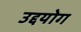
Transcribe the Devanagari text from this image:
उद्दयोग